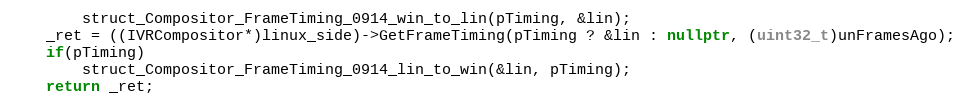
Language: C++
        struct_Compositor_FrameTiming_0914_win_to_lin(pTiming, &lin);
    _ret = ((IVRCompositor*)linux_side)->GetFrameTiming(pTiming ? &lin : nullptr, (uint32_t)unFramesAgo);
    if(pTiming)
        struct_Compositor_FrameTiming_0914_lin_to_win(&lin, pTiming);
    return _ret;